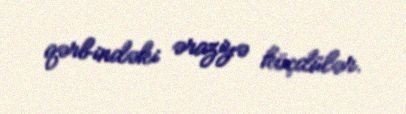
qərbindəki əraziyə köçdülər.